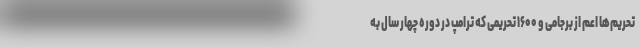
تحریم‌ها اعم از برجامی و ۱۶۰۰ تحریمی که ترامپ در دوره چهار سال به